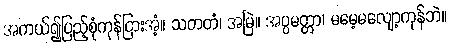
အကယ်၍ပြည့်စုံကုန်ငြားအံ့။ သတတံ၊ အမြဲ။ အပ္ပမတ္တာ၊ မမေ့မလျော့ကုန်ဘဲ။